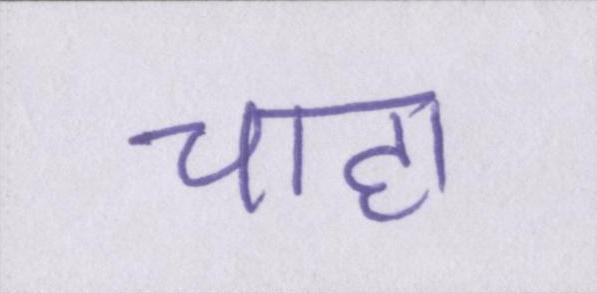
चाहा